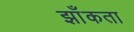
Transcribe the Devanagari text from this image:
झाँकता